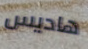
هاديس